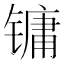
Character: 镛